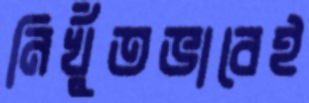
নিখুঁতভাবেই